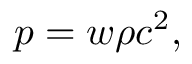
p = w \rho c ^ { 2 } ,